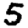
Digit: 5